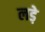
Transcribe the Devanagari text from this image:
लडे़